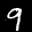
Label: 9